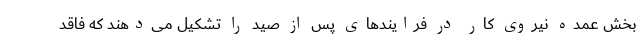
بخش عمده نیروی کار در فرایندهای پس از صید را تشکیل می‌دهند که فاقد